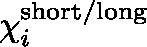
\mathbf { \chi } _ { i } ^ { \mathrm { s h o r t / l o n g } }